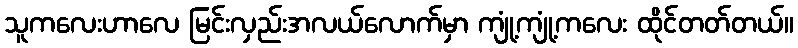
သူကလေးဟာလေ မြင်းလှည်းအလယ်လောက်မှာ ကျုံ့ကျုံ့ကလေး ထိုင်တတ်တယ်။